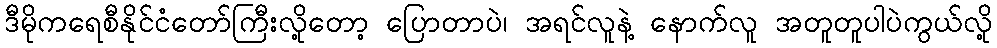
ဒီမိုကရေစီနိုင်ငံတော်ကြီးလို့တော့ ပြောတာပဲ၊ အရင်လူနဲ့ နောက်လူ အတူတူပါပဲကွယ်လို့